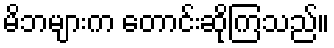
မိဘများက တောင်းဆိုကြသည်။